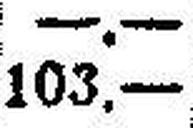
103.—